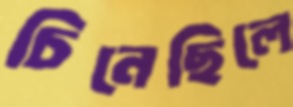
চিনেছিলে